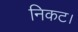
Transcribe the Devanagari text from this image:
निकट।